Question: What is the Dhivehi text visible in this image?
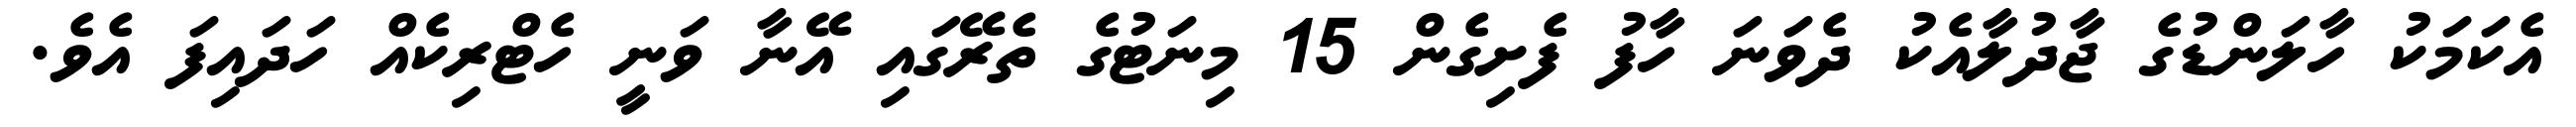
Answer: އެކަމަކު ހާލަންޑުގެ ޖާދުލާއެކު ދެވަނަ ހާފު ފެށިގެން 15 މިނަޓުގެ ތެރޭގައި އޭނާ ވަނީ ހެޓްރިކެއް ހަދައިފަ އެވެ.